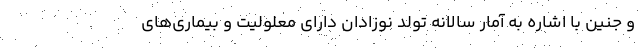
و جنین با اشاره به آمار سالانه تولد نوزادان دارای معلولیت و بیماری‌های